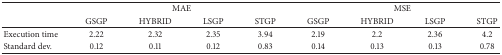
|  | <COLSPAN=4> MAE | <COLSPAN=4> MSE |
 |  | GSGP | HYBRID | LSGP | STGP | GSGP | HYBRID | LSGP | STGP |
 | --- | --- | --- | --- | --- | --- | --- | --- | --- |
 | Execution time | 2.22 | 2.32 | 2.35 | 3.94 | 2.19 | 2.2 | 2.36 | 4.2 |
 | Standard dev. | 0.12 | 0.11 | 0.12 | 0.83 | 0.14 | 0.13 | 0.13 | 0.78 |